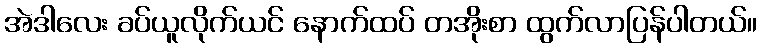
အဲဒါလေး ခပ်ယူလိုက်ယင် နောက်ထပ် တအိုးစာ ထွက်လာပြန်ပါတယ်။